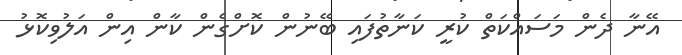
އޭނާ ދެން މަސައްކަތް ކުރީ ކަނާތުފައި ބޭނުން ކޮށްގެން ކާން އިން އަލުވިކޮޅު